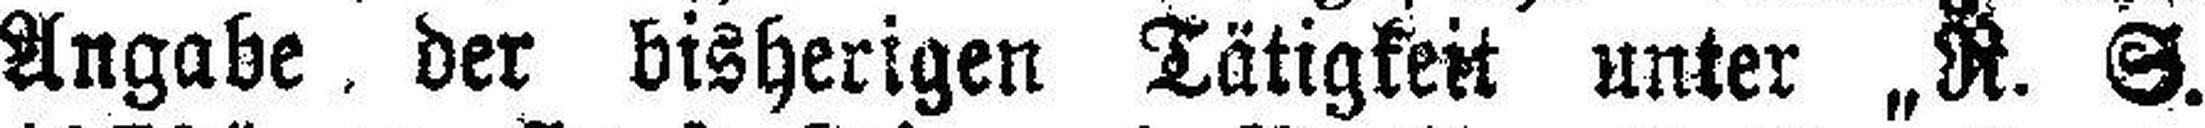
Angabe der bisherigen Tätigkeit unter „R. S.